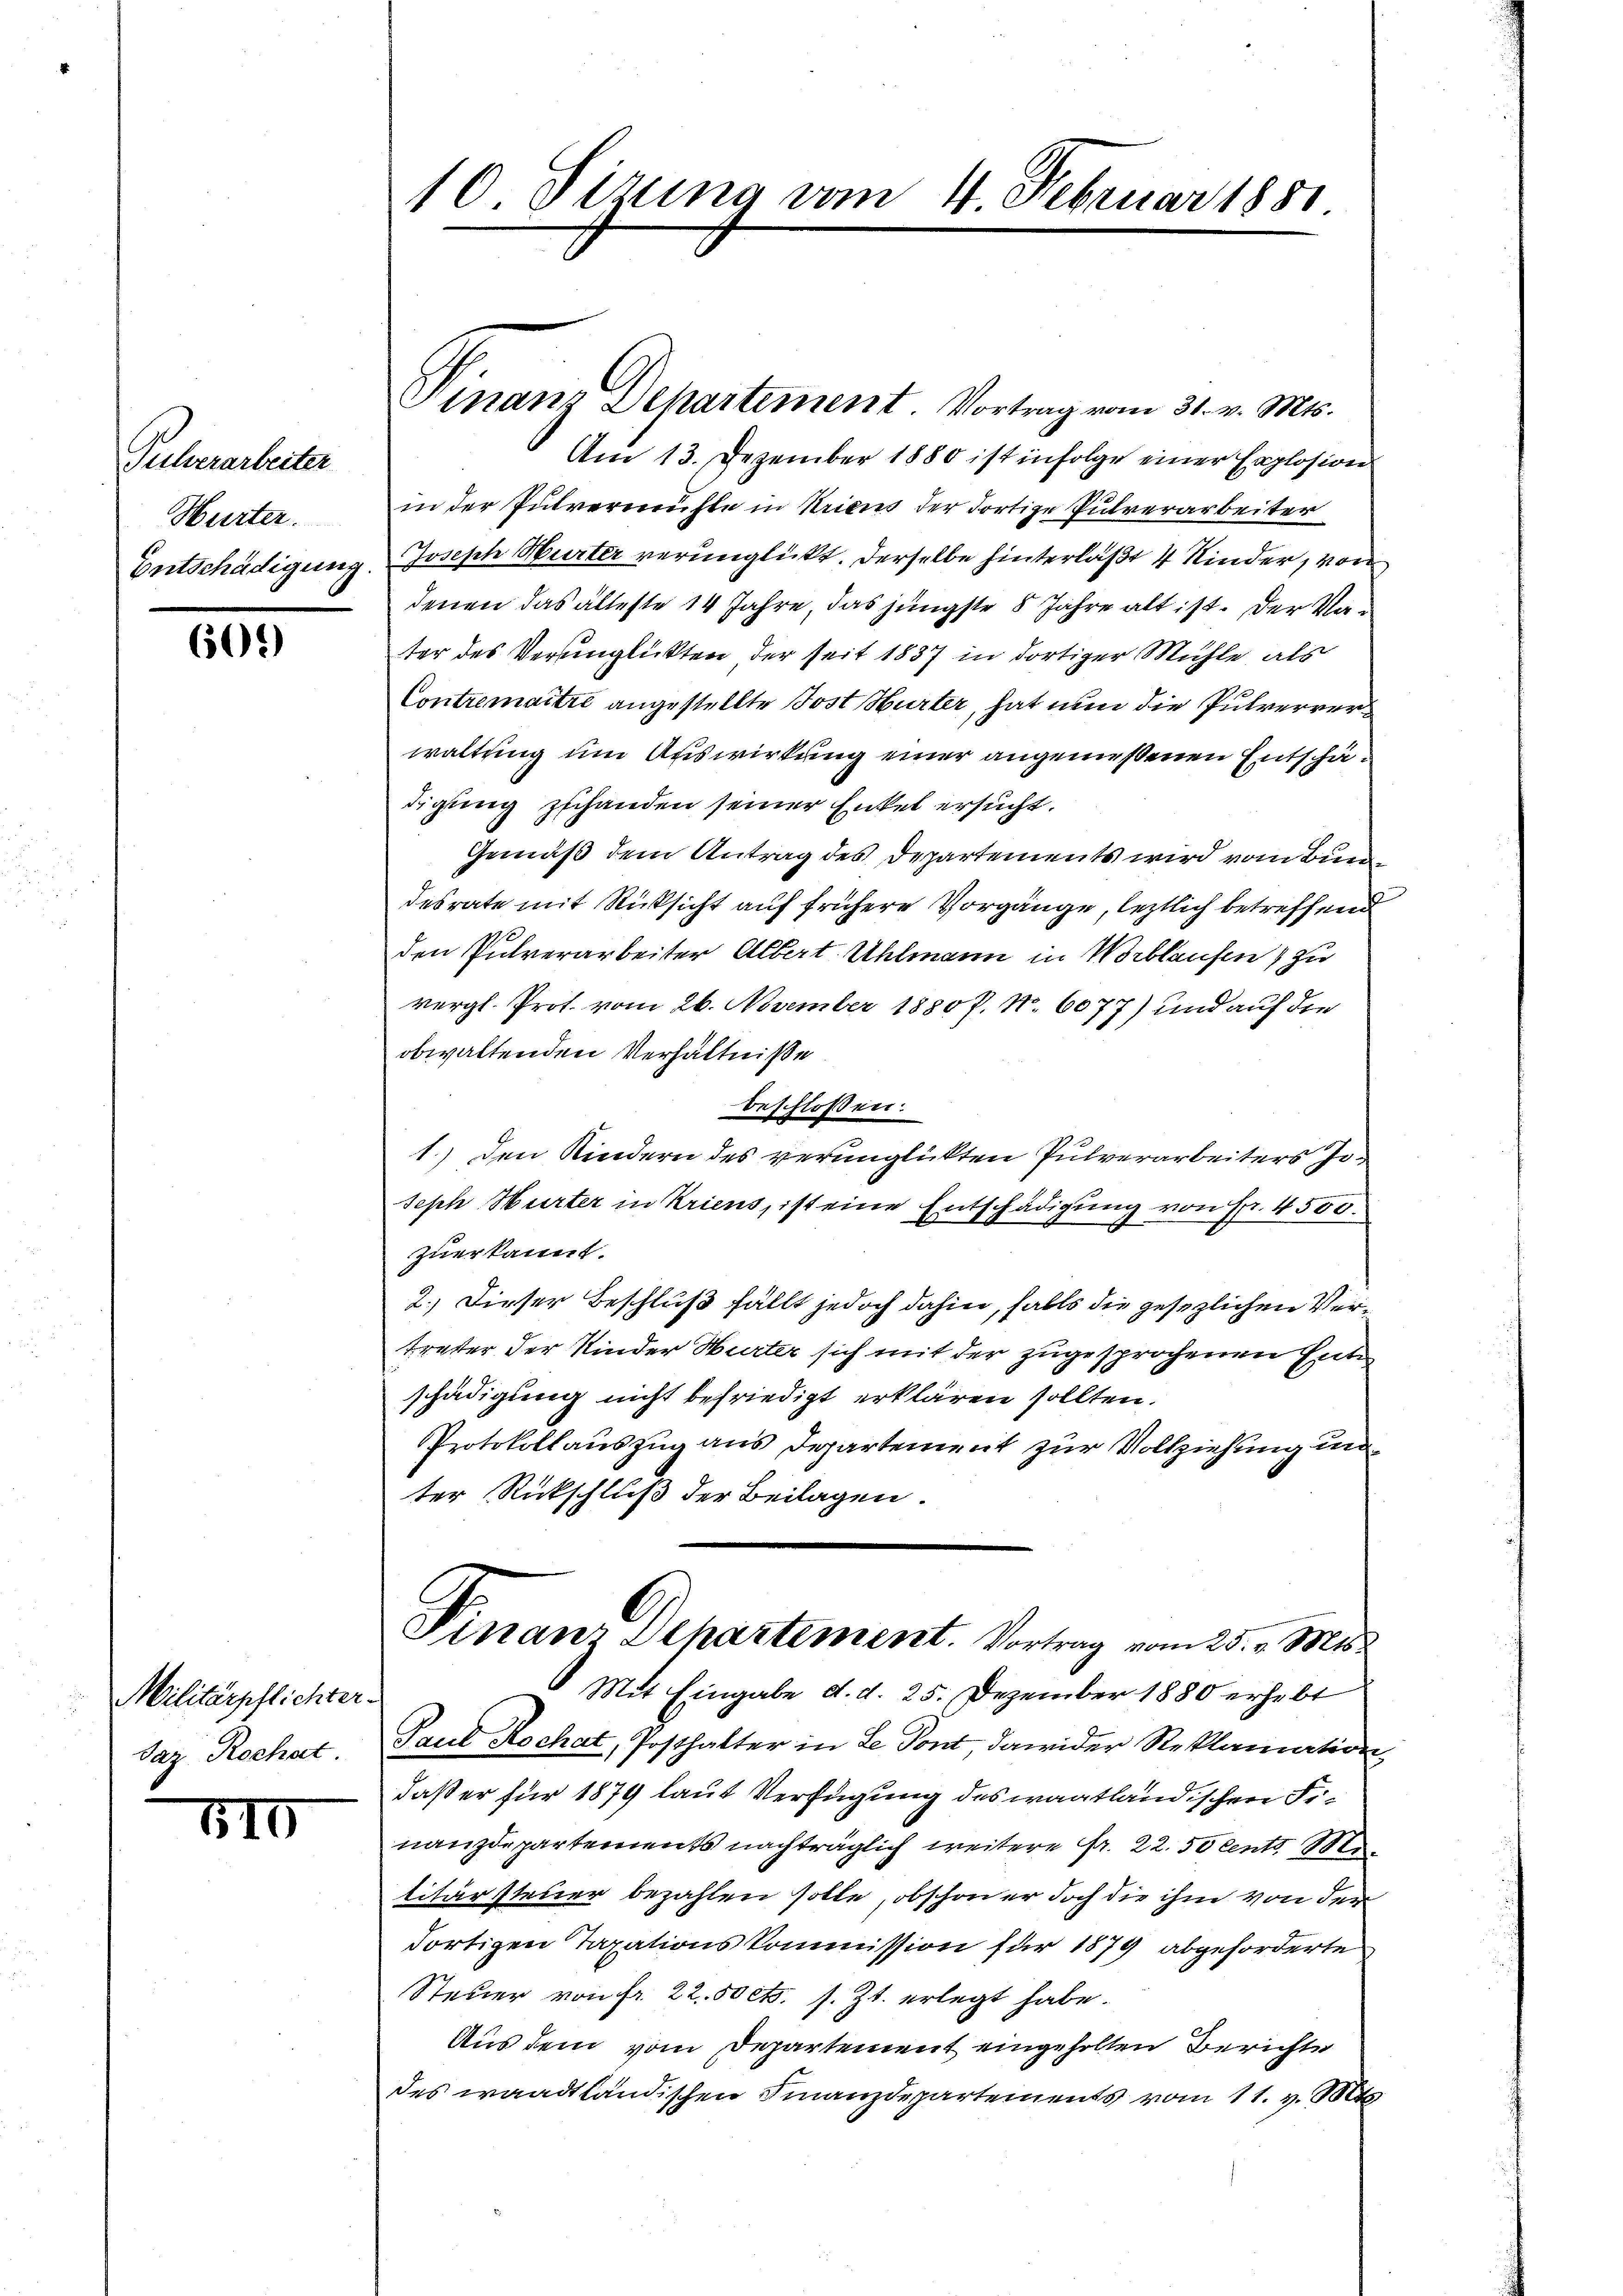
Pulverarbeiter
Hurter.
Entschädigung

601)

Militärpflichter
Saz Rochat

510

10 Sizung vom 4. Februar 1881.

Vinanz Dehartement Vortrag vom 31. v. Mts.
Am 13. Dezember 1880 ist infolge einer Explosion
in der Pulvermühle in Kriens der dortige Pulverarbeiter
Joseph Hurter verunglückt. Derselbe hinterläßt 4 Kinder, von
denen das älteste 14 Jahre, das jüngste 8 Jahre alt ist. Der Vater des Verunglickten der seit 1837 in dortiger Mühle, als
Contremaitre angestellte Post Hurter, hat nun die Pulververwaltung um Auswirkung einer angemeßenen Entschädigung zu handen seiner Entel ersucht.
Gemäß dem Antrag des Departements wird vom Bundesrate mit Rücksicht auf frühere Vorgänge, letztlich betreffend
den Pulverarbeiter Albert Uhlmann in Wortlaufen) zu
vergl. Prof. vom 26. November 1880 P. Nr. 6077) und auf die
obwaltenden Verhältniße
beschloßen:
1.) Den Kindern des verunglückten Pulverarbeiters Jo¬
Seph Hurter in Kriens, ist eine Entsch
digung von Fr. 4550.
zuerkannt.
2.) Dieser Beschluß fällt jedoch dahin, falls die gesezlichen Vertreter der Kinder Murter sich mit der zugesprochenen Ente
schädigung nicht befriedigt erklären sollten.
Protokollauszug aus Departement zur Vollziehung unter Rückschluß der Beilagen.
Finanz Departement. Vortrag vom 25. v. Mts.
Mit Eingabe d. d. 25. Dezember 1880 erhebt
Paul Kochat, Posthalter in Le Pont, dawider Reklamation,
daß er für 1879 laut Verfügung des wagtländischen Finanzdepartements nachträglich weitere Fr. 22. 50 Cents. Mi
litärssteuer bezahlen solle, obschon er doch die ihm von der
dortigen Taxationskommission für 1879 abgeforderte
Steuer von fr. 22.50 cts. s. Zt. erlegt habe.
Aus dem vom Departement eingeholten Berichte
Des waadtländischen Finanzdepartements vom 11. v. Mts.